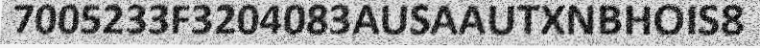
7005233F3204083AUSAAUTXNBHOIS8